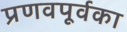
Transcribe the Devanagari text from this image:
प्रणवपूर्वका